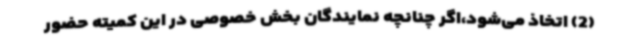
(2) اتخاذ می‌شود،اگر چنانچه نمایندگان بخش خصوصی در این کمیته حضور